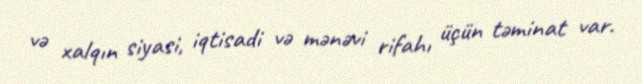
və xalqın siyasi, iqtisadi və mənəvi rifahı üçün təminat var.